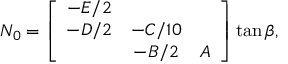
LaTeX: N _ { 0 } = \left[ \begin{array} { c c c } { { - E / 2 } } & { { } } & { { } } \\ { { - D / 2 } } & { { - C / 1 0 } } & { { } } \\ { { } } & { { - B / 2 } } & { { A } } \end{array} \right] \tan \beta ,